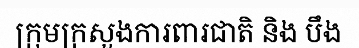
ក្រុមក្រសួងការពារជាតិ និង បឹង